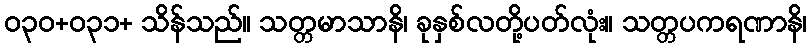
ဝ၃၀+ဝ၃၁+ သိန်သည်။ သတ္တမာသာနိ၊ ခုနှစ်လတို့ပတ်လုံး။ သတ္တပကရဏာနိ၊